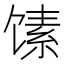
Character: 𲋩